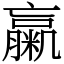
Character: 䊨